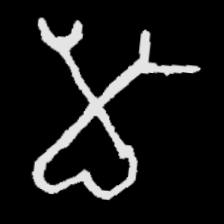
Pyu character \u2014 Myanmar letter: မ (romanized: ma)